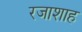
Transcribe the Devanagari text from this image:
रजाशाह